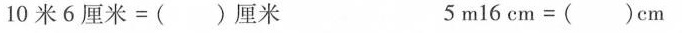
10米6厘米=( )厘米 5m16cm=(